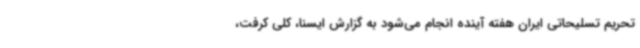
تحریم تسلیحاتی ایران هفته آینده انجام می‌شود به گزارش ایسنا، کلی کرفت،